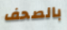
بالصحف